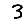
Digit: 3